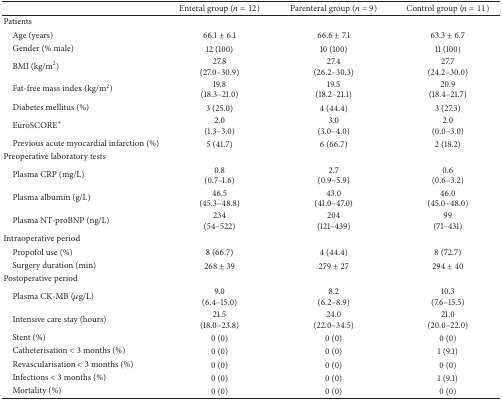
|  | Enteral group (n = 12) | Parenteral group (n = 9) | Control group (n = 11) |
 | --- | --- | --- | --- |
 | Patients |  |  |  |
 | Age (years) | 66.1 ± 6.1 | 66.6 ± 7.1 | 63.3 ± 6.7 |
 | Gender (% male) | 12 (100) | 10 (100) | 11 (100) |
 | BMI (kg/m2) | 27.8 (27.0–30.9) | 27.4 (26.2–30.3) | 27.7 (24.2–30.0) |
 | Fat-free mass index (kg/m2) | 19.8(18.3–21.0) | 19.5(18.2–21.1) | 20.9(18.4–21.7) |
 | Diabetes mellitus (%) | 3 (25.0) | 4 (44.4) | 3 (27.3) |
 | EuroSCORE∗ | 2.0 (1.3–3.0) | 3.0 (3.0–4.0) | 2.0 (0.0–3.0) |
 | Previous acute myocardial infarction (%) | 5 (41.7) | 6 (66.7) | 2 (18.2) |
 | Preoperative laboratory tests |  |  |  |
 | Plasma CRP (mg/L) | 0.8 (0.7–1.6) | 2.7 (0.9–5.9) | 0.6(0.6–3.2) |
 | Plasma albumin (g/L) | 46.5(45.3–48.8) | 43.0(41.0–47.0) | 46.0(45.0–48.0) |
 | Plasma NT-proBNP (ng/L) | 234 (54–522) | 204(121–439) | 99(71–431) |
 | Intraoperative period |  |  |  |
 | Propofol use (%) | 8 (66.7) | 4 (44.4) | 8 (72.7) |
 | Surgery duration (min) | 268 ± 39 | 279 ± 27 | 294 ± 40 |
 | Postoperative period |  |  |  |
 | Plasma CK-MB (μg/L) | 9.0 (6.4–15.0) | 8.2(6.2–8.9) | 10.3(7.6–15.5) |
 | Intensive care stay (hours) | 21.5(18.0–23.8) | 24.0(22.0–34.5) | 21.0(20.0–22.0) |
 | Stent (%) | 0 (0) | 0 (0) | 0 (0) |
 | Catheterisation < 3 months (%) | 0 (0) | 0 (0) | 1 (9.1) |
 | Revascularisation < 3 months (%) | 0 (0) | 0 (0) | 0 (0) |
 | Infections < 3 months (%) | 0 (0) | 0 (0) | 1 (9.1) |
 | Mortality (%) | 0 (0) | 0 (0) | 0 (0) |